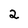
Character: 2